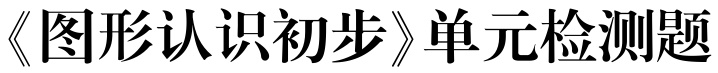
《图形认识初步》单元检测题